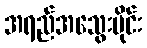
အရည်အသွေးပိုင်း